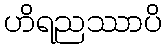
ဟိရညဿာပိ